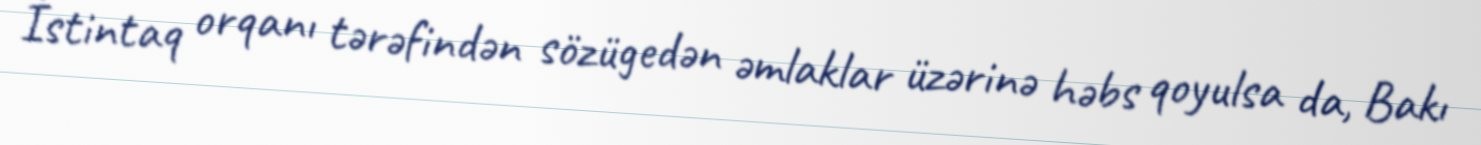
İstintaq orqanı tərəfindən sözügedən əmlaklar üzərinə həbs qoyulsa da, Bakı